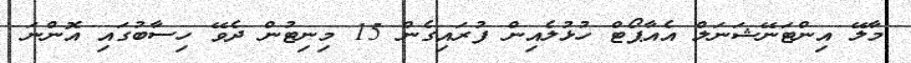
މާލޭ އިންޓަނޭޝަނަލް އެއާޕޯޓް ހުޅުލެއިން ފުރައިގެން 15 މިނިޓުން ދެވޭ ހިސާބުގައި އޮންނަ